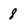
Character: 8